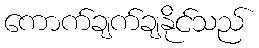
ကောက်ချက်ချနိုင်သည်